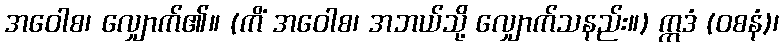
အဝေါစ၊ လျှောက်၏။ (ကိံ အဝေါစ၊ အဘယ်သို့ လျှောက်သနည်း။) ဣဒံ (ဝစနံ)၊